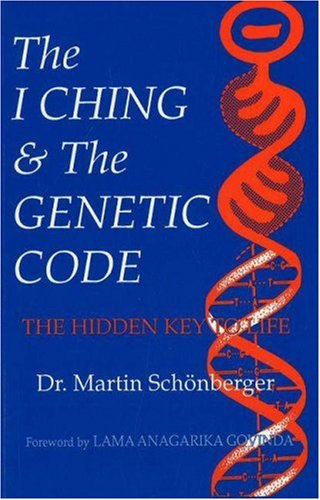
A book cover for I Ching & the Genetic Code: The Hidden Key to Life; Martin Schonberger; Religion & Spirituality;